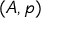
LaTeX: ( A , { \mathfrak { p } } )